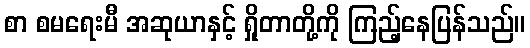
စာ စမရေးမီ အဆုယာနှင့် ရှိုတာတို့ကို ကြည့်နေပြန်သည်။